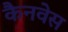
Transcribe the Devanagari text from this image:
कैनवेस